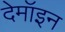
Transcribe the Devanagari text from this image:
देमॉइन